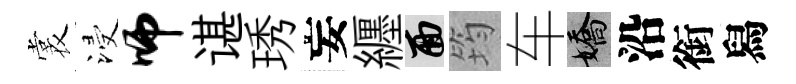
裳浸师谌琇妄纒面筠车嬌沿銜舄